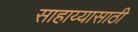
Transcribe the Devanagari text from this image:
साहाय्यासाठी